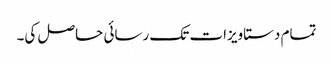
تمام دستاویزات تک رسائی حاصل کی۔